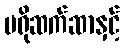
ပရိုဆက်ဆာနှင့်